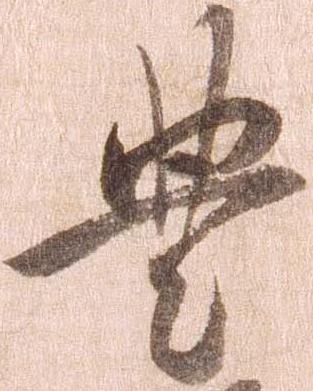
豊